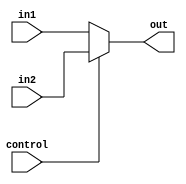
module mux8bit(in1, in2, control, out);
  input[7:0] in1,in2;
  output[7:0] out;
  input control;
  assign out = (control) ? in2 : in1;
endmodule